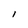
Character: l